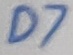
Text: D7